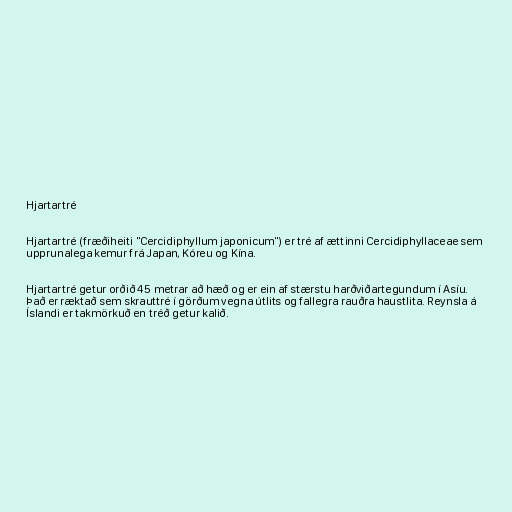
Hjartartré

Hjartartré (fræðiheiti "Cercidiphyllum japonicum") er tré af ættinni Cercidiphyllaceae sem
upprunalega kemur frá Japan, Kóreu og Kína.

Hjartartré getur orðið 45 metrar að hæð og er ein af stærstu harðviðartegundum í Asíu.
Það er ræktað sem skrauttré í görðum vegna útlits og fallegra rauðra haustlita. Reynsla á
Íslandi er takmörkuð en tréð getur kalið.